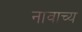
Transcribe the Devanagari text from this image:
नावाच्य